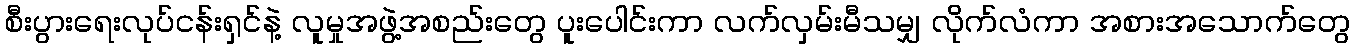
စီးပွားရေးလုပ်ငန်းရှင်နဲ့ လူမှုအဖွဲ့အစည်းတွေ ပူးပေါင်းကာ လက်လှမ်းမီသမျှ လိုက်လံကာ အစားအသောက်တွေ